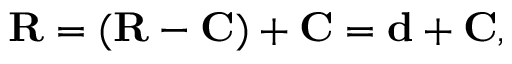
\mathbf { R } = ( \mathbf { R } - \mathbf { C } ) + \mathbf { C } = \mathbf { d } + \mathbf { C } ,